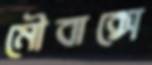
মৌবাক্সে